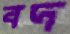
বদ